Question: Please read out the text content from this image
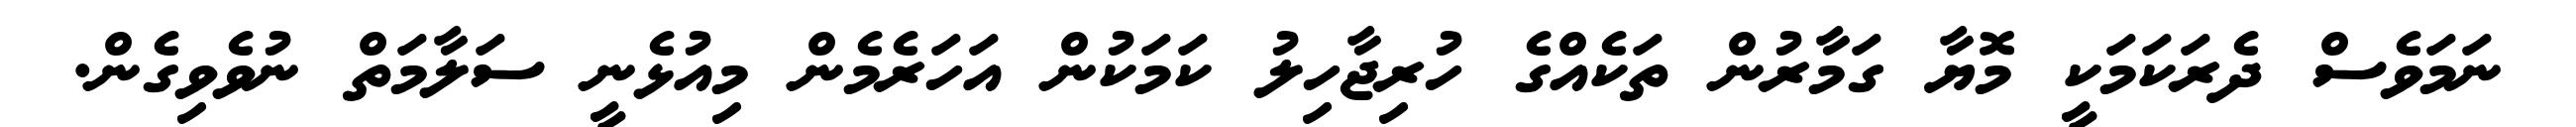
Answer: ނަމަވެސް ދެރަކަމަކީ މޮޔާ ގަމާރުން ތަކެއްގެ ހުރިޖާހިލު ކަމަކުން އަހަރެމެން މިއުޅެނީ ސަލާމަތް ނުވެވިގެން.